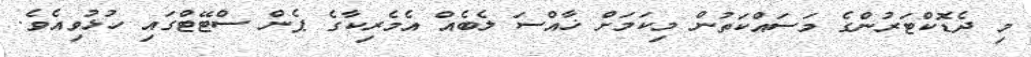
މި ދެޑޮކްޓަރުންގެ މަސައްކަތުން މިކަމަށް ޚާއްސަ ލެބެއް އެމެރިކާގެ ޕެން ސްޓޭޓްގައި ހުޅުވިއެވެ.